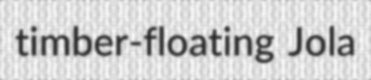
timber-floating Jola